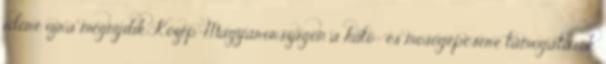
időre újra megnyílik Közép-Magyarországon a hűtő- és mosógépcsere támogatások